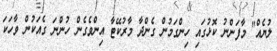
ލުޔެއް" މާފަންނު ކޮޅުގައި ހިންގަމުން ގެންދާ މާރުކޭޓާ އިންވެގެން ހުންނަ ގެއަކުން ވާހަކަ